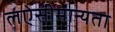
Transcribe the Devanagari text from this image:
लऐसीमान्यता